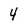
Character: 4